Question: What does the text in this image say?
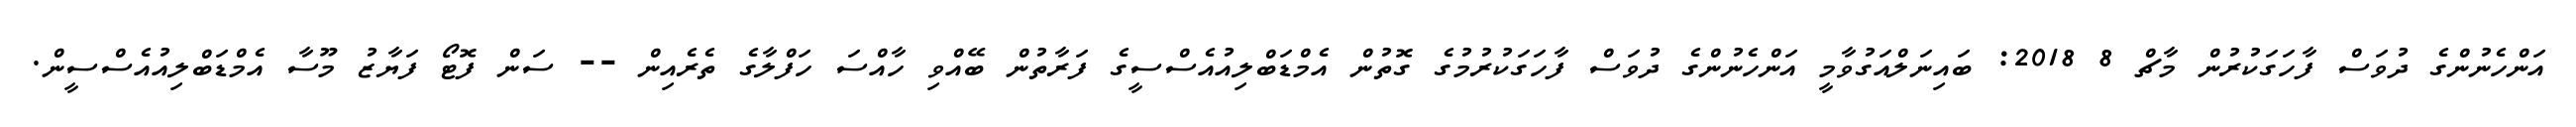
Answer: އަންހެނުންގެ ދުވަސް ފާހަގަކުރުން މާޗް 8 2018: ބައިނަލްއަގުވާމީ އަންހެނުންގެ ދުވަސް ފާހަގަކުރުމުގެ ގޮތުން އެމްޑަބްލިއުއެސްސީގެ ފަރާތުން ބޭއްވި ހާއްސަ ހަފްލާގެ ތެރެއިން -- ސަން ފޮޓޯ ފަޔާޒު މޫސާ އެމްޑަބްލިއުއެސްސީން.